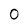
Character: 0